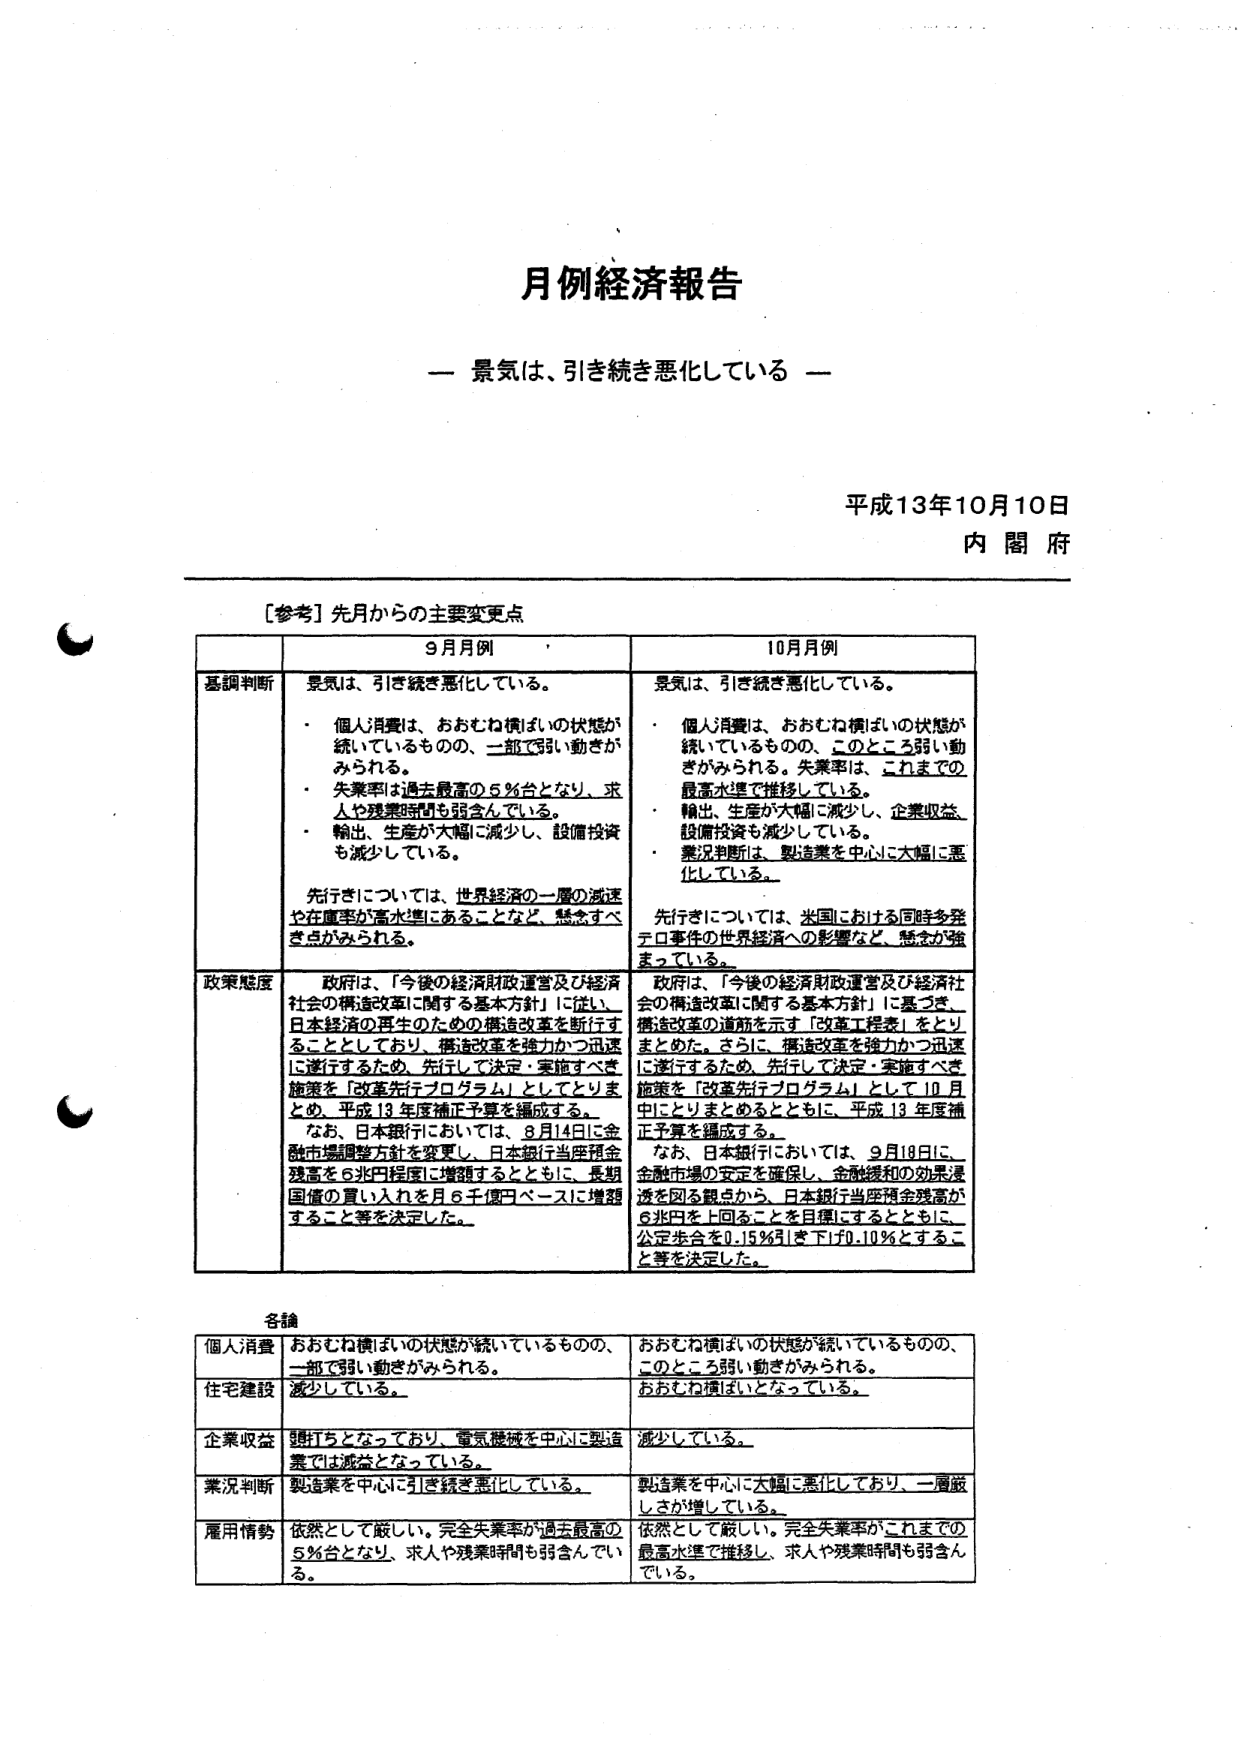
月例経済報告

— 景気は、引き続き悪化している —

平成13年10月10日
内閣府

［参考］先月からの主要変更点

| | 9月月例 | 10月月例 |
|---|---|---|
| 基調判断 | 景気は、引き続き悪化している。 <br>・ 個人消費は、おおむね横ばいの状態が続いているものの、一部で弱い動きがみられる。 <br>・ 失業率は過去最高の5％台となり、求人や残業時間も弱含んでいる。 <br>・ 輸出、生産が大幅に減少し、設備投資も減少している。 <br>先行きについては、世界経済の一層の減速や在庫率が高水準にあることなど、懸念すべき点がみられる。 | 景気は、引き続き悪化している。 <br>・ 個人消費は、おおむね横ばいの状態が続いているものの、このところ弱い動きがみられる。失業率は、これまでの最高水準で推移している。 <br>・ 輸出、生産が大幅に減少し、企業収益、設備投資も減少している。 <br>・ 業況判断は、製造業を中心に大幅に悪化している。 <br>先行きについては、米国における同時多発テロ事件の世界経済への影響など、懸念が強まっている。 |
| 政策態度 | 政府は、「今後の経済財政運営及び経済社会の構造改革に関する基本方針」に従い、日本経済の再生のための構造改革を断行することとしており、構造改革を強力かつ迅速に遂行するため、先行して決定・実施すべき施策を「改革先行プログラム」としてとりまとめ、平成13年度補正予算を編成する。 <br>なお、日本銀行においては、8月14日に金融市場調整方針を変更し、日本銀行当座預金残高を6兆円程度に増額するとともに、長期国債の買い入れを月6千億円ベースに増額すること等を決定した。 | 政府は、「今後の経済財政運営及び経済社会の構造改革に関する基本方針」に基づき、構造改革の道筋を示す「改革工程表」をとりまとめた。さらに、構造改革を強力かつ迅速に遂行するため、先行して決定・実施すべき施策を「改革先行プログラム」として10月中にとりまとめるとともに、平成13年度補正予算を編成する。 <br>なお、日本銀行においては、9月18日に、金融市場の安定を確保し、金融緩和の効果浸透を図る観点から、日本銀行当座預金残高が6兆円を上回ることを目指すとともに、公定歩合を0.15％引き下げ0.10％とすること等を決定した。 |

各論

| | | |
|---|---|---|
| 個人消費 | おおむね横ばいの状態が続いているものの、一部で弱い動きがみられる。 | おおむね横ばいの状態が続いているものの、このところ弱い動きがみられる。 |
| 住宅建設 | 減少している。 | おおむね横ばいとなっている。 |
| 企業収益 | 頭打ちとなっており、電気機械を中心に製造業では減益となっている。 | 減少している。 |
| 業況判断 | 製造業を中心に引き続き悪化している。 | 製造業を中心に大幅に悪化しており、一層厳しさが増している。 |
| 雇用情勢 | 依然として厳しい。完全失業率が過去最高の5％台となり、求人や残業時間も弱含んでいる。 | 依然として厳しい。完全失業率がこれまでの最高水準で推移し、求人や残業時間も弱含んでいる。 |